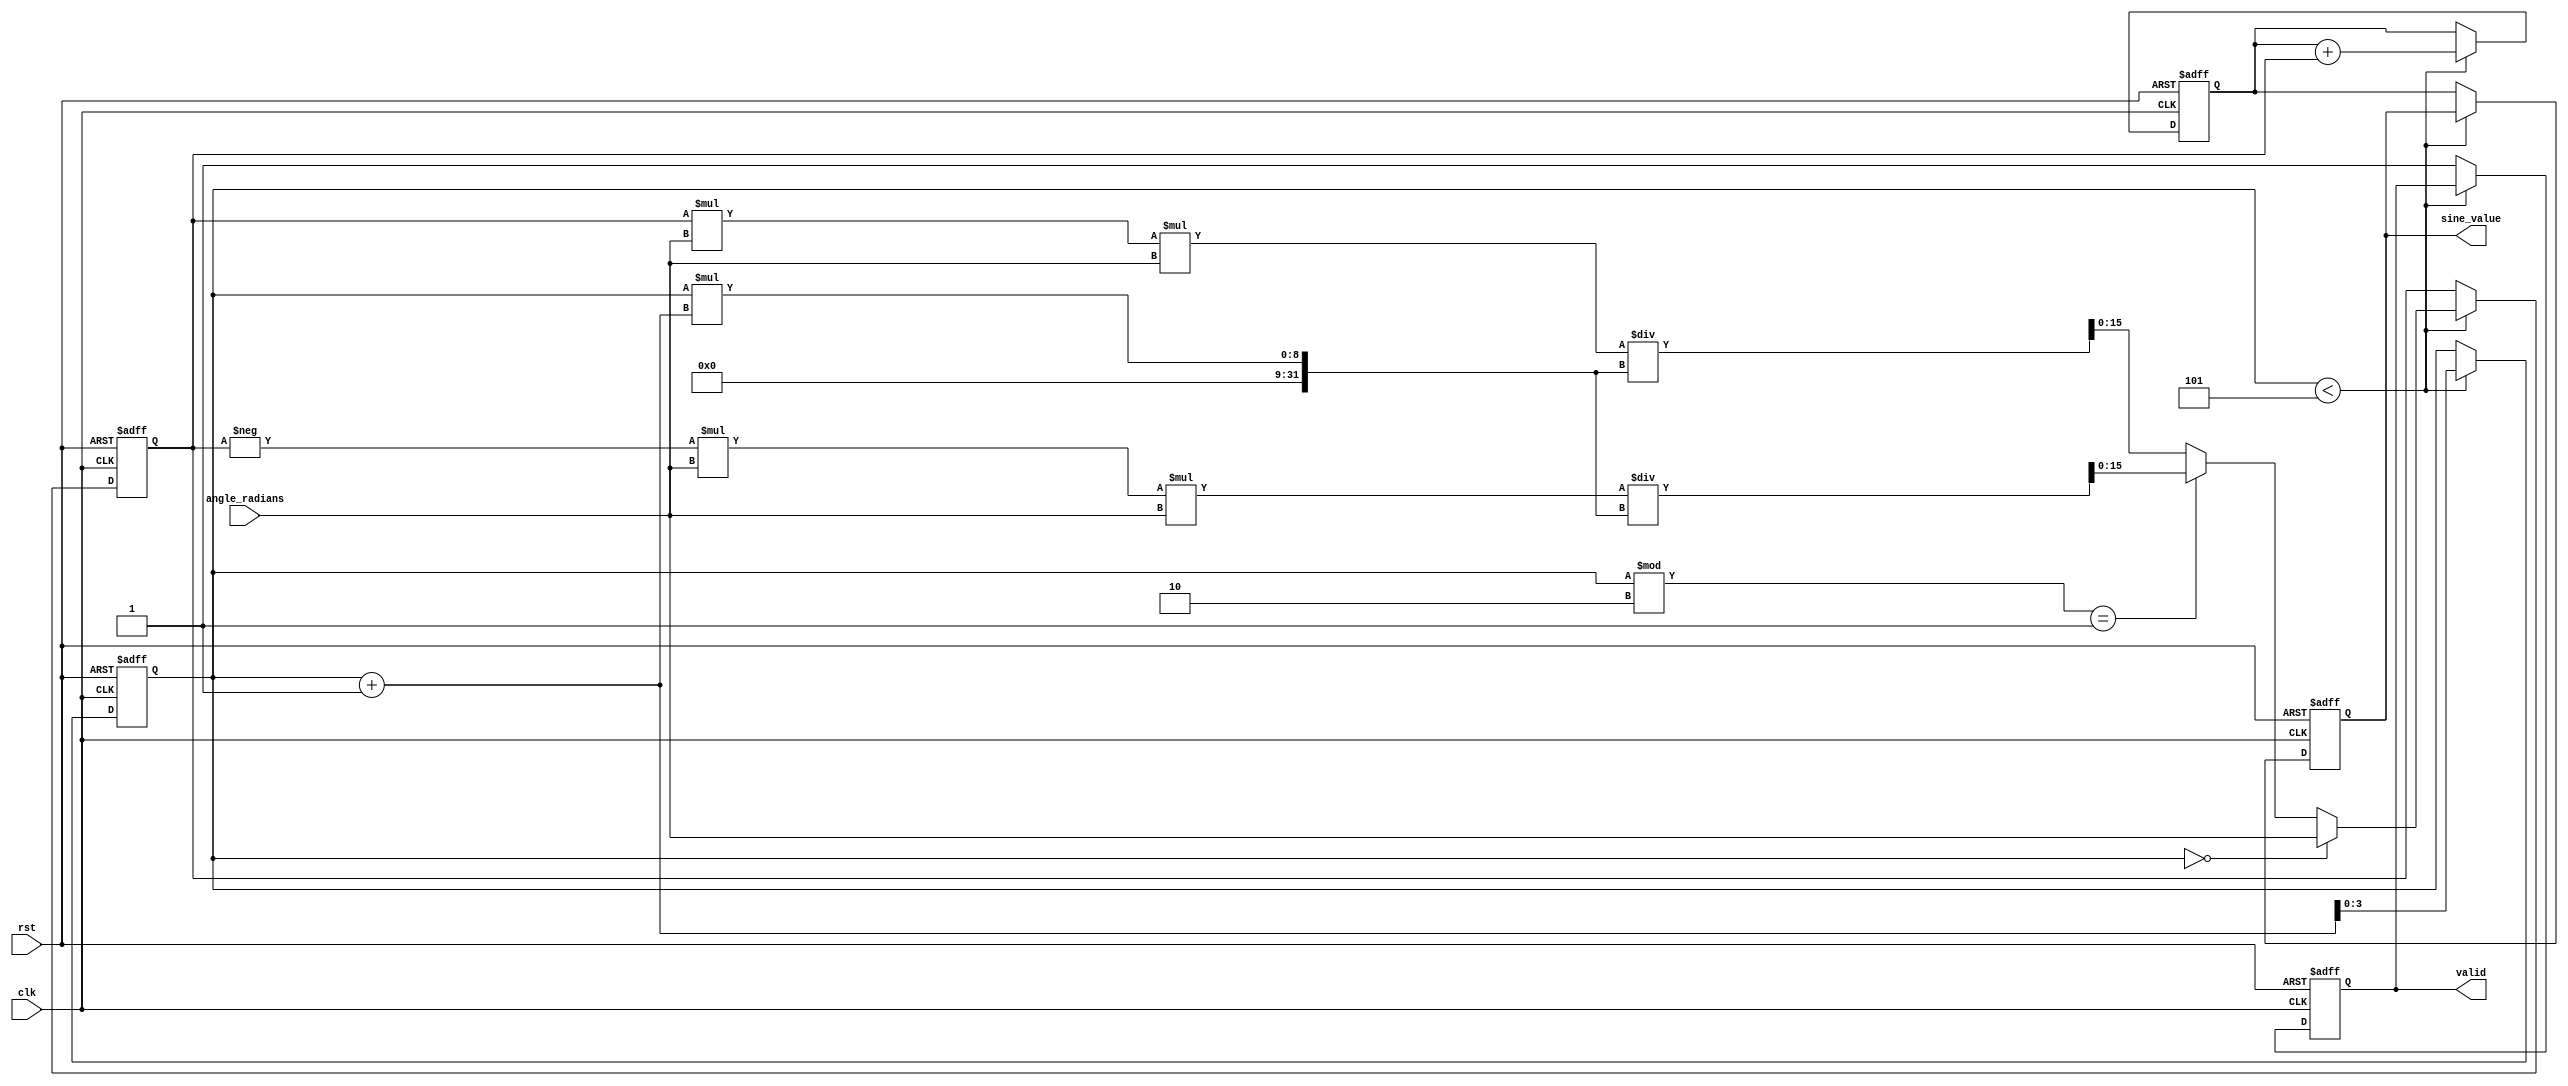
module sine_calculator(
    input wire clk,
    input wire rst,
    input wire [15:0] angle_radians, // Input angle in radians (fixed-point or floating-point)
    output reg [15:0] sine_value,     // Output sine value (fixed-point)
    output reg valid                  // Output to indicate that the sine value is ready
);

// Parameters
parameter PI = 16'h3243; //  = 3.14159 in fixed point (Q1.15)
parameter MAX_TERMS = 5; // Number of terms in the Taylor series

// Internal variables
reg [15:0] x; // Normalized input
reg [15:0] term; // Current term being computed
reg [15:0] sine_sum; // Accumulated sum of sine terms
reg [3:0] i; // Loop counter

// Taylor series coefficients for sine(x) = x - x^3 / 3! + x^5 / 5! - x^7 / 7! + ...
// Calculating term coefficients using fixed-point arithmetic
// The first term is x, and subsequent terms are calculated based on previous ones.

// Sine computation process
always @(posedge clk or posedge rst) begin
    if (rst) begin
        sine_value <= 16'd0;
        sine_sum <= 16'd0;
        term <= 16'd0;
        valid <= 1'b0;
        i <= 4'd0;
    end else begin
        if (i < MAX_TERMS) begin
            // Calculate the next term of the Taylor series
            if (i == 0) begin
                term <= angle_radians; // First term
            end else if (i % 2 == 1) begin
                term <= -term * angle_radians * angle_radians / (i * (i + 1)); // Odd terms
            end else begin
                term <= term * angle_radians * angle_radians / (i * (i + 1)); // Even terms
            end
            
            // Accumulate the sine value
            sine_sum <= sine_sum + term;
            i <= i + 1; // Increment term counter
        end else begin
            // Finalize output once all terms are calculated
            sine_value <= sine_sum;
            valid <= 1'b1; // Indicate the result is valid
        end
    end
end

endmodule